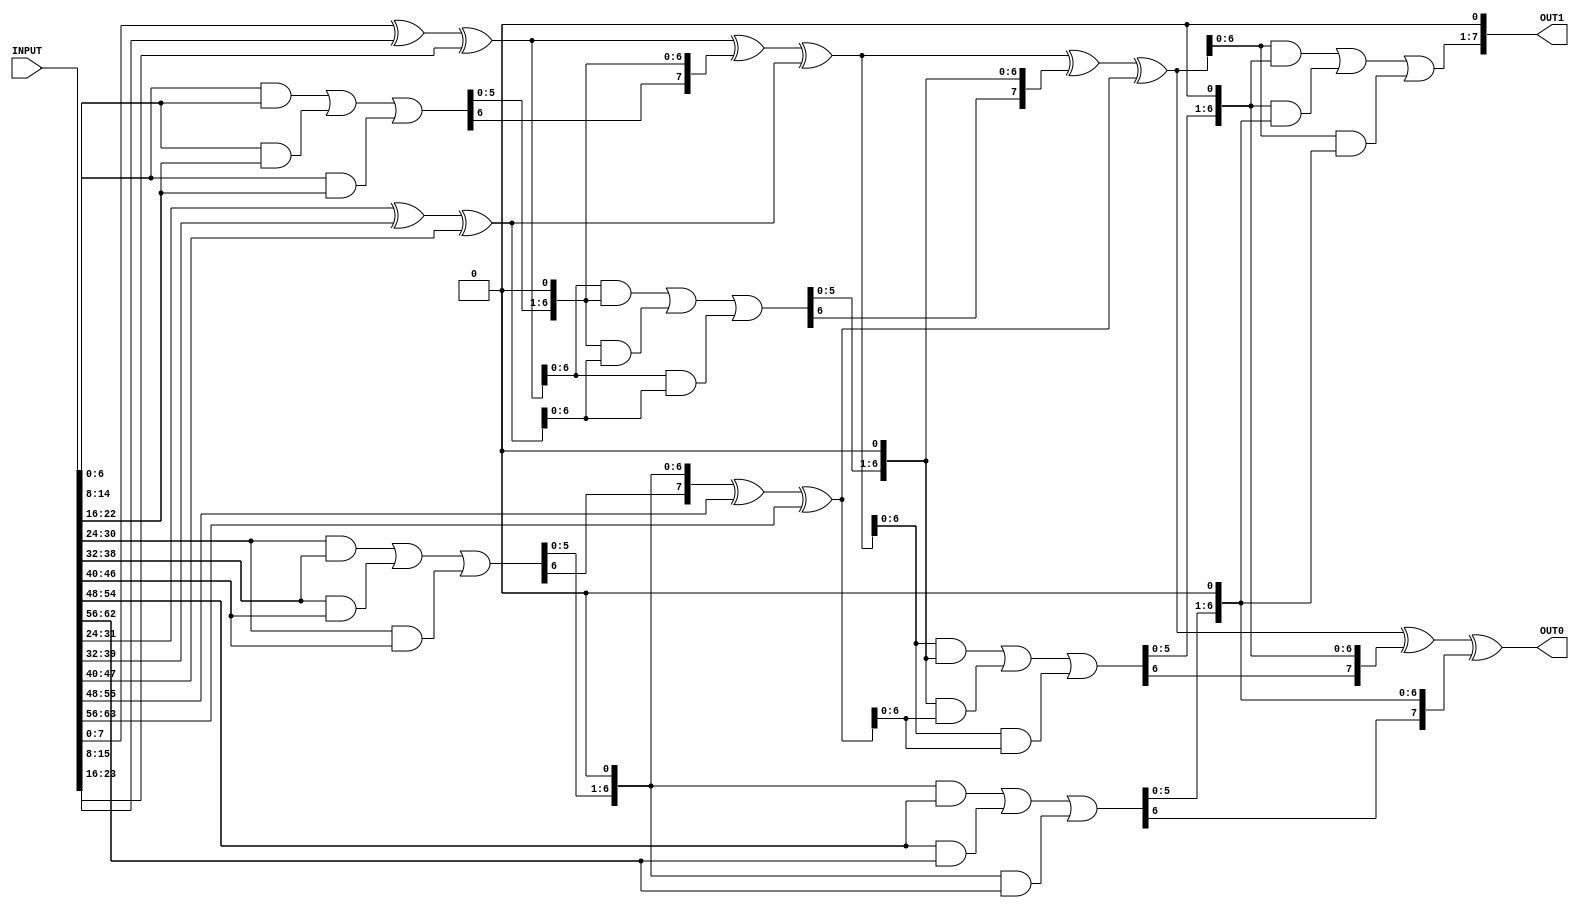
// ================================================================
// NVDLA Open Source Project
//
// Copyright(c) 2016 - 2017 NVIDIA Corporation. Licensed under the
// NVDLA Open Hardware License; Check "LICENSE" which comes with
// this distribution for more information.
// ================================================================
module NV_DW02_tree( INPUT, OUT0, OUT1 );
parameter num_inputs = 8;
parameter input_width = 8;
input [num_inputs*input_width-1 : 0] INPUT;
output [input_width-1:0] OUT0, OUT1;
reg [input_width-1 : 0] input_array [num_inputs-1 : 0];
reg [input_width-1 : 0] temp_array [num_inputs-1 : 0];
reg [input_width-1 : 0] input_slice;
integer num_in;
integer i, j;
always @ (INPUT) begin
    for (i=0 ; i < num_inputs ; i=i+1) begin
        for (j=0 ; j < input_width ; j=j+1) begin
            input_slice[j] = INPUT[i*input_width+j];
        end
        input_array[i] = input_slice;
    end
    for (num_in = num_inputs; num_in > 2 ; num_in = num_in - (num_in/3)) begin
        for (i=0 ; i < (num_in/3) ; i = i+1) begin
            temp_array[i*2] = input_array[i*3] ^ input_array[i*3+1] ^ input_array[i*3+2]; //get partial sum
            temp_array[i*2+1] = ((input_array[i*3] & input_array[i*3+1]) |(input_array[i*3+1] & input_array[i*3+2]) | (input_array[i*3] & input_array[i*3+2])) << 1; //get shift carry
        end
        if ((num_in % 3) > 0) begin
            for (i=0 ; i < (num_in % 3) ; i = i + 1)
                temp_array[2 * (num_in/3) + i] = input_array[3 * (num_in/3) + i];
        end
        for (i=0 ; i < num_in ; i = i + 1)
             input_array[i] = temp_array[i]; //update input array.
    end
end
assign OUT0 = input_array[0];
assign OUT1 = input_array[1];
endmodule